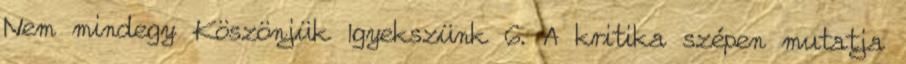
Nem mindegy Köszönjük Igyekszünk 6. A kritika szépen mutatja